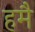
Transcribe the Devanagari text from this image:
हमै